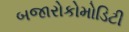
બજારોકોમોડિટી